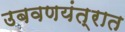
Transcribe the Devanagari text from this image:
उबवणयंत्रात